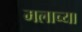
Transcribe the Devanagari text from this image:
मलाच्या